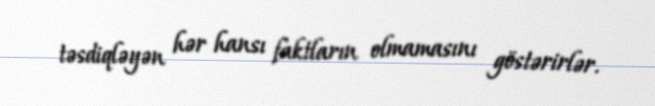
təsdiqləyən hər hansı faktların olmamasını göstərirlər.